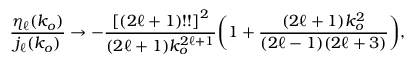
\frac { \eta _ { \ell } ( k _ { o } ) } { j _ { \ell } ( k _ { o } ) } \rightarrow - \frac { \left[ ( 2 \ell + 1 ) ! ! \right] ^ { 2 } } { ( 2 \ell + 1 ) k _ { o } ^ { 2 \ell + 1 } } \bigg ( 1 + \frac { ( 2 \ell + 1 ) k _ { o } ^ { 2 } } { ( 2 \ell - 1 ) ( 2 \ell + 3 ) } \bigg ) ,